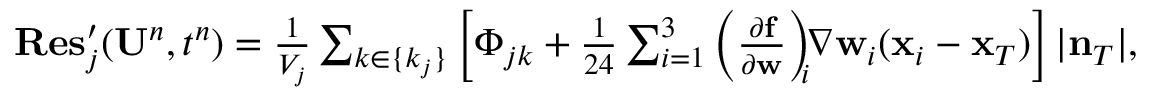
\begin{array} { r } { { \bf R e s } _ { j } ^ { \prime } ( { \bf U } ^ { n } , t ^ { n } ) = \frac { 1 } { V _ { j } } \sum _ { k \in \{ k _ { j } \} } \left[ \Phi _ { j k } + \frac { 1 } { 2 4 } \sum _ { i = 1 } ^ { 3 } \left( \frac { \partial { \bf f } } { \partial { \bf w } } \right) _ { \! \! i } \! \! \nabla { \bf w } _ { i } ( { \bf x } _ { i } - { \bf x } _ { T } ) \right] | { \bf n } _ { T } | , } \end{array}